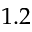
1 . 2